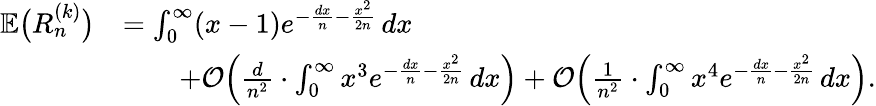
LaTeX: \begin{array}{rl}{\mathbb{E}\big(R_{n}^{(k)}\big)}&{=\int_{0}^{\infty}(x-1)e^{-\frac{dx}{n}-\frac{x^{2}}{2n}}\, dx}\\ &{\qquad\mathrm+\mathcal{O}\Big(\frac{d}{n^{2}}\cdot\int_{0}^{\infty}x^{3}e^{-\frac{dx}{n}-\frac{x^{2}}{2n}}\, dx\Big)+\mathcal{O}\Big(\frac{1}{n^{2}}\cdot\int_{0}^{\infty}x^{4}e^{-\frac{dx}{n}-\frac{x^{2}}{2n}}\, dx\Big).}\end{array}